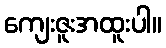
ကျေးဇူးအထူးပါ။